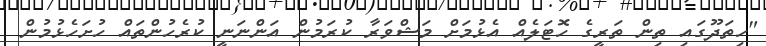
"ހިތަދޫގައި ތިން ތަރީގެ ހޮޓަލެއް އެޅުމަށް މަޝްވަރާ ކުރަމުން އަންނަނީ ކުރެހުންތައް ހުށަހެޅުމުން